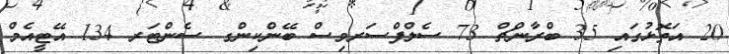
20 އަތޮޅުގައި 35 ބްރާންޗް 73 ސެލްފްސަރވިސް ބޭންކިންގ ސެންޓަރ 134 އޭޓީއެމް